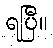
ရပြီ။